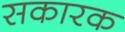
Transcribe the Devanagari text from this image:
सकारक